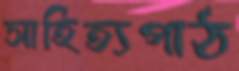
সাহিত্যপাঠ